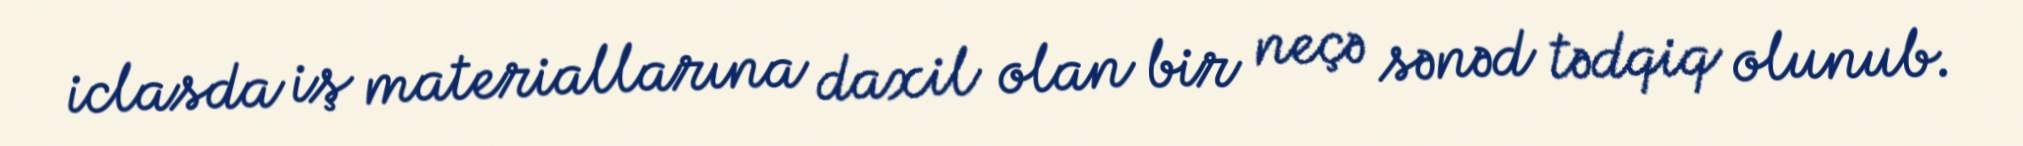
iclasda iş materiallarına daxil olan bir neçə sənəd tədqiq olunub.